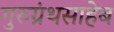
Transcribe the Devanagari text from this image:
गुरुग्रंथसाहेब